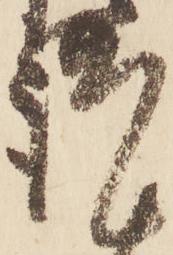
謹